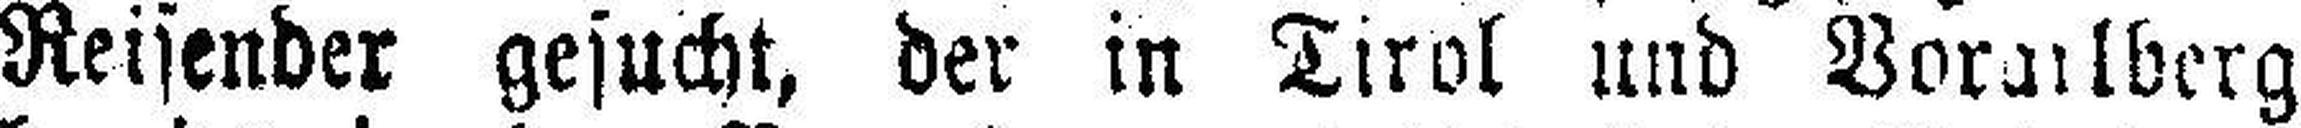
Reisender gesucht, der in Tirol und Vorarlberg